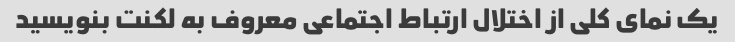
یک نمای کلی از اختلال ارتباط اجتماعی معروف به لکنت بنویسید